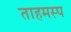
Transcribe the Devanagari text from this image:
ताहमस्प